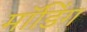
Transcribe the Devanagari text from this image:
मॉडिंग